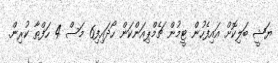
ޔަޝީ ބަލިކޮށް އައިފެހުން ޓީމުން ޗެމްޕިއަންކަން ހޯދައިފި6 މަސް 4 ހަފްތާ ކުރިން.